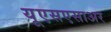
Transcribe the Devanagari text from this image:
यूएसएसाअर